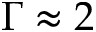
\Gamma \approx 2